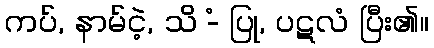
ကပ်, နာမ်ငဲ့, သိ -ံ ပြု, ပဋလံ ပြီး၏။